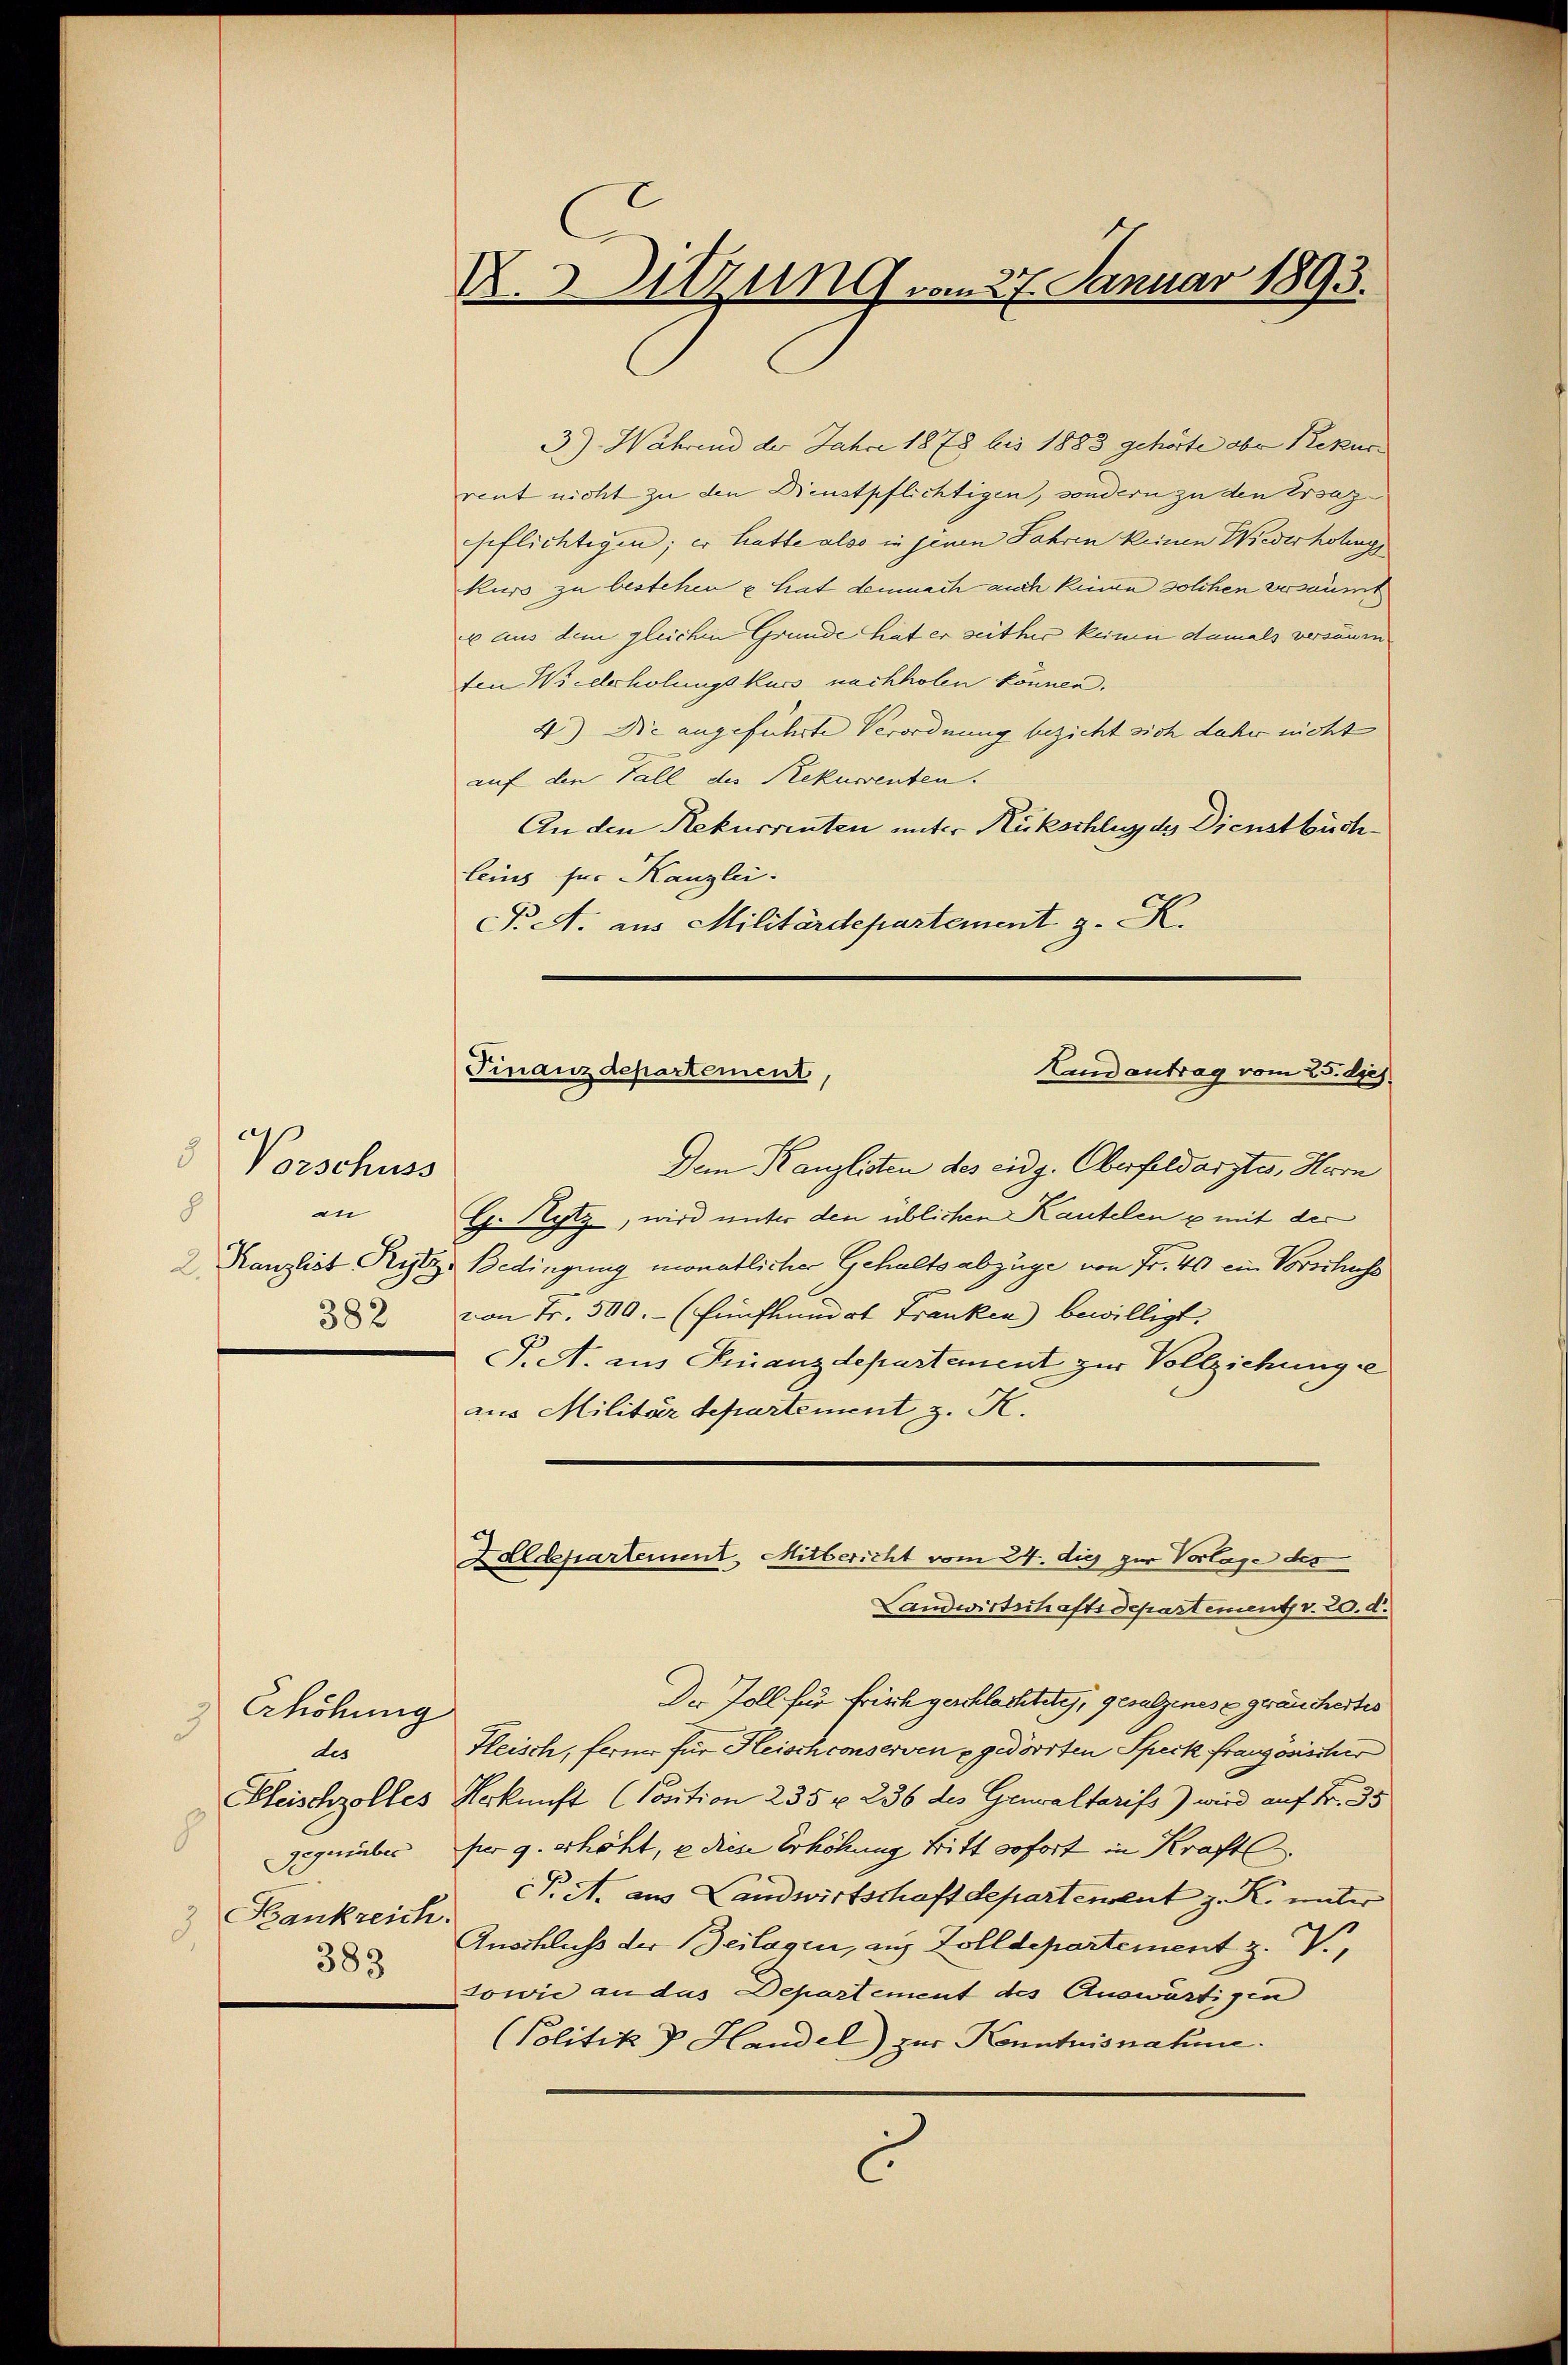
d
Vorschuss
n
8
382

Erhöhung
des
gegenüber
C
Kankreich.
383

NAtzung vom 27. Januar 1893.

3) Während der Jahre 1878 bis 1883 gehörte aber Rekur
rent nicht zu den Dienstpflichtigen, sondern zu den Ersazseflichtigen; er hatte also in jenen Jahren keinen Wiederholungs
kurs zu bestehen & hat demnach auch keinen solchen versäumt
 aus dem gleichen Grunde hat er seither keinen damals versäumfen Wiederholungskurs nachholen können.
4) Die angeführte Verordnung bezieht sich daher nicht
auf den Fall des Rekurrenten.
An den Rekurrenten unter Rückschlug des Dienstbüchleins für Kanzlei:
P. A. aus Militärdepartement z. K.

Finanzdepartement,
Landantrag vom 25. dies
Dem Kanzlisten des eidg. Oberfeldarztes, Herrn

G. Sytz, wird unter den üblichen Kautelen & mit der
Kanzlist Pritz Bedingung monatlicher Gehalts abzüge von Fr. 40 ein Vorschuss
von Fr. 500.- (Einfluendot Franken bewilligt.
P. A. aus Finanzdepartement zur Vollziehung e
aus Militär bepartement z. K.
Der Zoll für frisch geschlachtete, gesalzenes egräuchertes
Fleisch, ferner für Heisch conserven gedörrten Speck französischer
Sleischzolles Urkunft (Position 235 u. 236 des Genaltarifs) wird auf Fr. 35
fer g. erhöht, e diese Erhöhung tritt sofort in Kraftl
cP. A. aus Landwirtschaft departement z. K. unter
Anschluß der Beilagen, aus Zolldepartement z. V.,
sowie an das Departement des Auswärtigen
(Politik v. Handel) zur Kenntnisnahme.
c

Zolldepartement, Mitbericht vom 24. die zur Vorlage des
Landwirtschaftsdepartement v. 20. d.